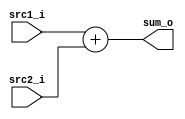
//Subject:     CO project 2 - Adder
//--------------------------------------------------------------------------------
//Version:     1
//--------------------------------------------------------------------------------
//Writer:      110652011
//----------------------------------------------
//Date:        
//----------------------------------------------
//Description: assign src1 add src2 to sum_o
//--------------------------------------------------------------------------------
`timescale 1ns/1ps
module Adder(
    src1_i,
	src2_i,
	sum_o
	);
     
//I/O ports
input  [32-1:0]  src1_i;
input  [32-1:0]	 src2_i;
output [32-1:0]	 sum_o;

//Internal Signals
wire   [32-1:0]	 sum_o;

//Parameter
    
//Main function

	assign sum_o = src1_i + src2_i;

endmodule